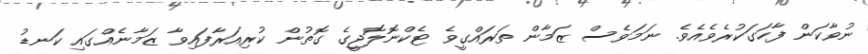
ނުވާކަން ފާހަގަކުރެވެއެވެ. ނަމަވެސް ޒަމާން ތަރައްގީވެ ޓެކްނޮލޮޖީގެ ގޮތުން ކުރިއަރާފައިވާ ޒަމާނެއްގައި ކަނޑު